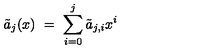
\tilde { a } _ { j } ( x ) \ = \ \sum _ { i = 0 } ^ { j } \tilde { a } _ { j , i } x ^ { i }